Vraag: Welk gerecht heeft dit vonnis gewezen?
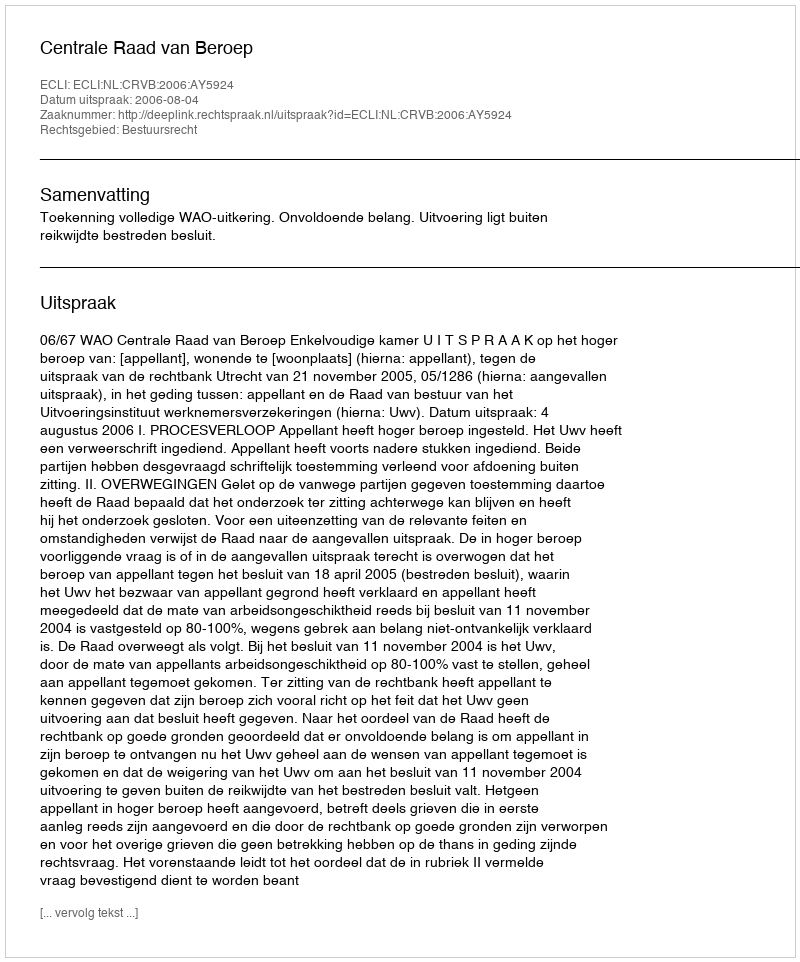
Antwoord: Centrale Raad van Beroep